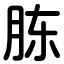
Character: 胨